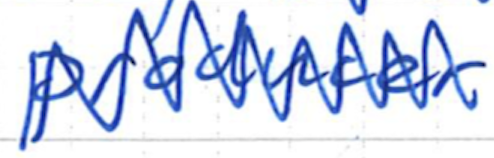
Text: producer.
Cross-out: zig-zag
Writing tool: ballpoint